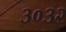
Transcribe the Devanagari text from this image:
३०३२